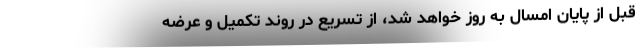
قبل از پایان امسال به روز خواهد شد، از تسریع در روند تکمیل و عرضه